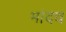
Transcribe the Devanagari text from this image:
मांदव